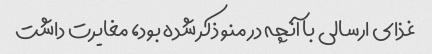
غذای ارسالی با آنچه در منو ذکر شده بود، مغایرت داشت